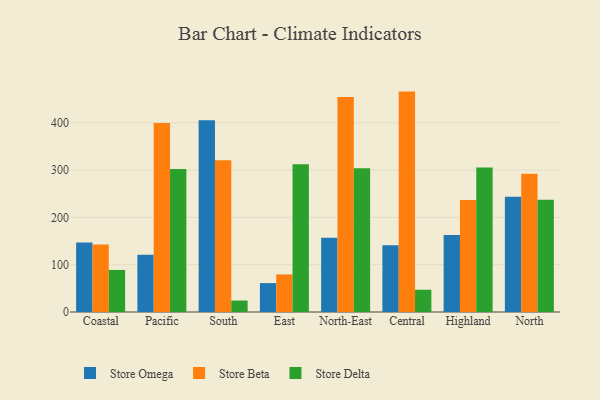
{"axis": {"x": "Region", "y": "Latency (ms)"}, "legend": ["Store Beta", "Store Delta", "Store Omega"], "data": [{"x": "Coastal", "y": 146.9, "type": "Store Omega"}, {"x": "Coastal", "y": 142.7, "type": "Store Beta"}, {"x": "Coastal", "y": 88.9, "type": "Store Delta"}, {"x": "Pacific", "y": 120.9, "type": "Store Omega"}, {"x": "Pacific", "y": 399.3, "type": "Store Beta"}, {"x": "Pacific", "y": 302.3, "type": "Store Delta"}, {"x": "South", "y": 405.0, "type": "Store Omega"}, {"x": "South", "y": 320.7, "type": "Store Beta"}, {"x": "South", "y": 24.2, "type": "Store Delta"}, {"x": "East", "y": 61.1, "type": "Store Omega"}, {"x": "East", "y": 79.4, "type": "Store Beta"}, {"x": "East", "y": 312.2, "type": "Store Delta"}, {"x": "North-East", "y": 156.9, "type": "Store Omega"}, {"x": "North-East", "y": 454.1, "type": "Store Beta"}, {"x": "North-East", "y": 303.5, "type": "Store Delta"}, {"x": "Central", "y": 141.2, "type": "Store Omega"}, {"x": "Central", "y": 465.7, "type": "Store Beta"}, {"x": "Central", "y": 47.0, "type": "Store Delta"}, {"x": "Highland", "y": 162.5, "type": "Store Omega"}, {"x": "Highland", "y": 236.8, "type": "Store Beta"}, {"x": "Highland", "y": 305.1, "type": "Store Delta"}, {"x": "North", "y": 243.5, "type": "Store Omega"}, {"x": "North", "y": 292.0, "type": "Store Beta"}, {"x": "North", "y": 237.3, "type": "Store Delta"}]}